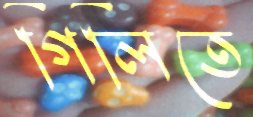
গিলিতে